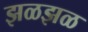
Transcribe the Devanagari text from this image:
झळझळ